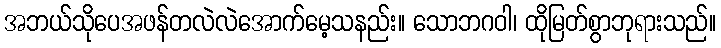
အဘယ်သိုပေအဖန်တလဲလဲအောက်မေ့သနည်း။ သောဘဂဝါ၊ ထိုမြတ်စွာဘုရားသည်။